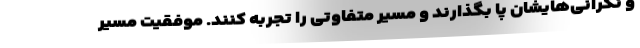
و نگرانی‌هایشان پا بگذارند و مسیر متفاوتی را تجربه کنند. موفقیت مسیر